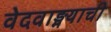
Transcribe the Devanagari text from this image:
वेदवाङ्मयाची